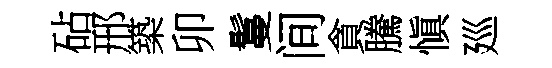
砧邢築卯鬘间貪騰愼廵